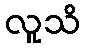
လူသိ